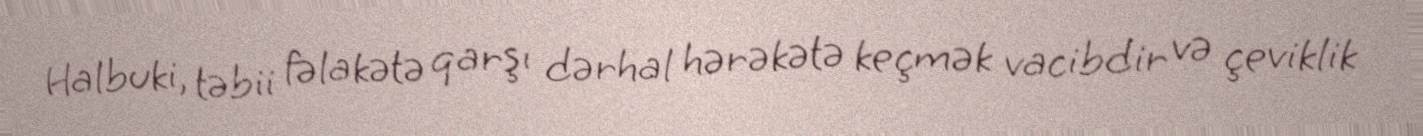
Halbuki, təbii fəlakətə qarşı dərhal hərəkətə keçmək vacibdir və çeviklik